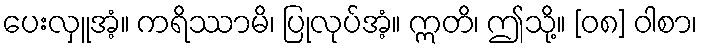
ပေးလှူအံ့။ ကရိဿာမိ၊ ပြုလုပ်အံ့။ ဣတိ၊ ဤသို့။ [၀၈] ဝါစာ၊